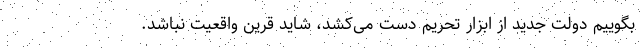
بگوییم دولت جدید از ابزار تحریم دست می‌کشد، شاید قرین واقعیت نباشد.